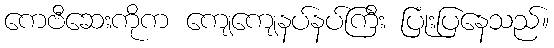
ကေဗီဆေးကိုက ကျေကျေနပ်နပ်ကြီး ပြုံးပြနေသည်။